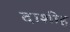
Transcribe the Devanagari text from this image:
दाशीह